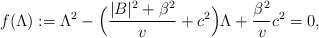
\begin{align*}f(\Lambda):= \Lambda^2 -\Big(\frac{|B|^2 + \beta^2}{v} + c^2 \Big) \Lambda + \frac{\beta^2}{v}c^2=0,\end{align*}